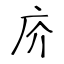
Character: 庎